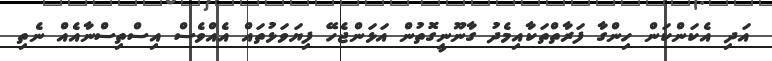
އަދި އެކަންކަން ހިންގާ ފަރާތްތަކާއިމެދު ގާނޫނީގޮތުން އަޅަންޖެހޭ ފިޔަވަޅުތައް އެއްވެސް އިސްތިސްނާއެއް ނެތި